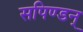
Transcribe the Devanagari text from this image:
सपिण्डन्